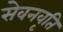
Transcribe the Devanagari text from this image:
सेवनवृति